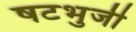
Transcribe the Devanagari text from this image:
षटभुजी